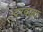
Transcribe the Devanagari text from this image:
दरवाला